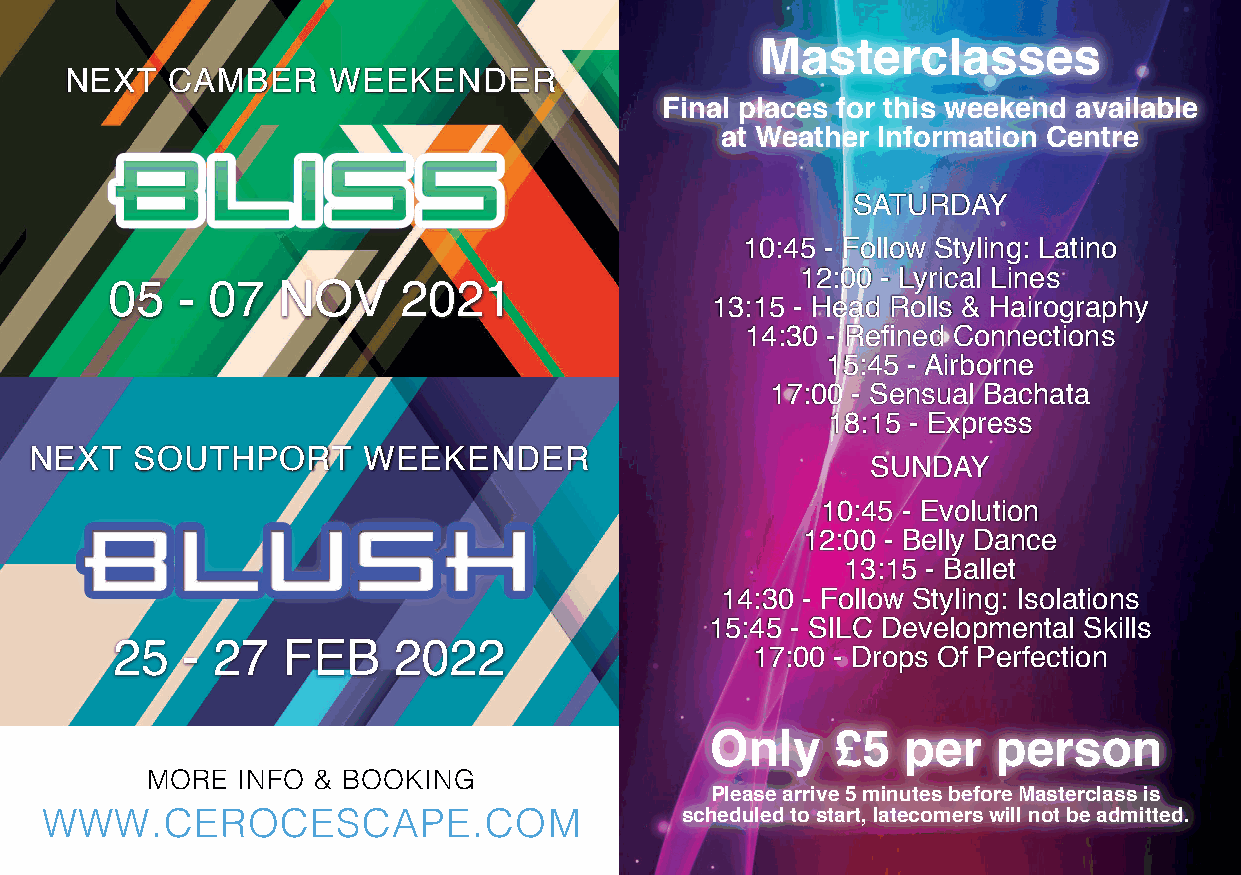
Masterclasses
 NEXT   CAMBER     WEEKENDER
 Final places for this weekend available
 at Weather Information Centre
 SATURDAY
 10:45 - Follow Styling: Latino
 12:00 - Lyrical Lines
 05   - 07  NOV      2021
 13:15 - Head Rolls & Hairography
 14:30 - Refined Connections
 15:45 - Airborne
 17:00 - Sensual Bachata
 18:15 - Express
 NEXT   SOUTHPORT      WEEKENDER
 SUNDAY
 10:45 - Evolution
 12:00 - Belly Dance
 13:15 - Ballet
 14:30 - Follow Styling: Isolations
 15:45 - SILC Developmental Skills
 25   - 27   FEB    2022
 17:00 - Drops Of Perfection
 Only    £5   per   person
 MORE  INFO & BOOKING
 Pleasearrive5minutesbeforeMasterclassis
 WWW.CEROCESCAPE.COM                       scheduledtostart,latecomerswillnotbeadmitted.